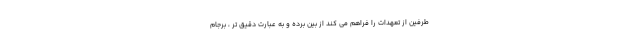
طرفين از تعهدات را فراهم مي كند از بين برده و به عبارت دقيق تر ، برجام